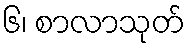
၆၊ စာလာသုတ်